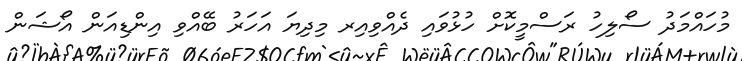
މުހައްމަދު ސޯލިހު ރަސްމީކޮށް ހުޅުވައި ދެއްވިއިރ މިދިޔަ އަހަރު ބޭއްވި އިންޑިއަން އޯޝަން